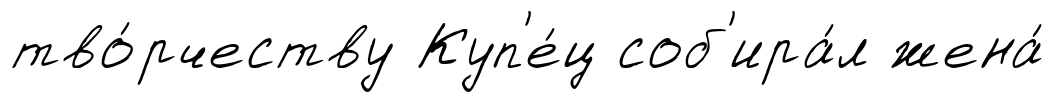
тво́рчеству Куп'е́ц соб'ира́л жена́